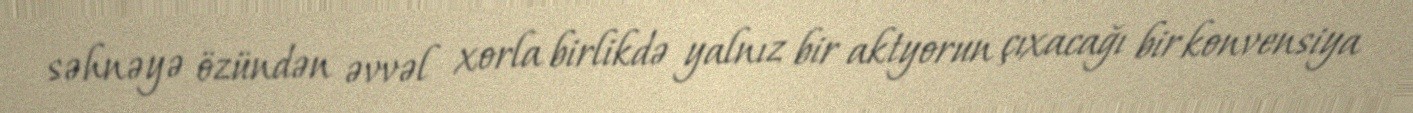
səhnəyə özündən əvvəl xorla birlikdə yalnız bir aktyorun çıxacağı bir konvensiya